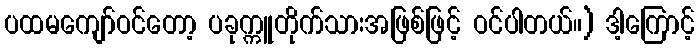
ပထမကျော်ဝင်တော့ ပခုက္ကူတိုက်သားအဖြစ်ဖြင့် ဝင်ပါတယ်။) ဒါ့ကြောင့်